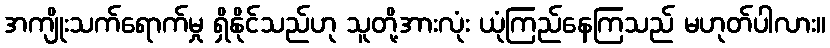
အကျိုးသက်ရောက်မှု ရှိနိုင်သည်ဟု သူတို့အားလုံး ယုံကြည်နေကြသည် မဟုတ်ပါလား။